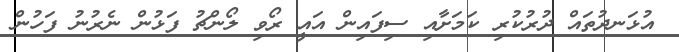
އުޅަނދުތައް ދުރުކުރި ކަމަށާއި ސިފައިން އައީ ރޯވި ލޯންޗު ފަޅުން ނެރުނު ފަހުން